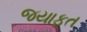
જયાફત